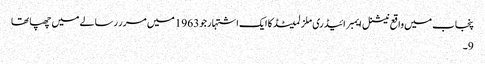
پنجاب میں واقع نیشنل ایمبرائیڈری ملز لمیٹڈ کا ایک اشتہار جو 1963 میں مرر رسالے میں چھپا تھا
9۔